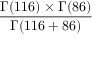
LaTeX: \frac { \Gamma ( 1 1 6 ) \times \Gamma ( 8 6 ) } { \Gamma ( 1 1 6 + 8 6 ) }